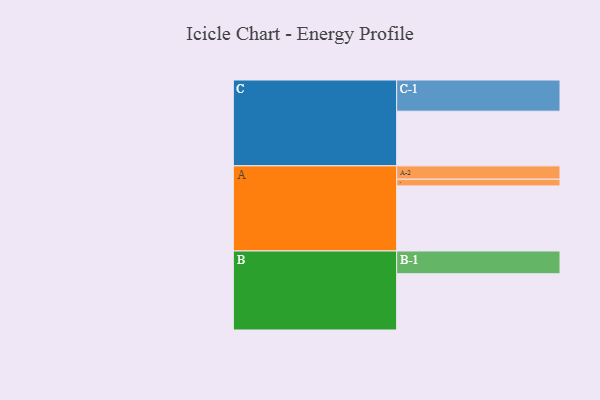
{"axis": {"x": "Segment", "y": "Value"}, "legend": ["", "A", "B", "C"], "data": [{"x": "A", "y": 532, "type": ""}, {"x": "B", "y": 460, "type": ""}, {"x": "C", "y": 447, "type": ""}, {"x": "A-1", "y": 55, "type": "A"}, {"x": "A-2", "y": 109, "type": "A"}, {"x": "B-1", "y": 186, "type": "B"}, {"x": "C-1", "y": 255, "type": "C"}]}